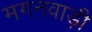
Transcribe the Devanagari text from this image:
मगनवाड़ी